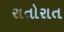
રાતોરાત